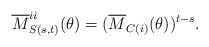
\begin{align*}\overline{M}_{S(s,t)}^{ii}(\theta) = (\overline{M}_{C(i)}(\theta) )^{t-s}. \end{align*}